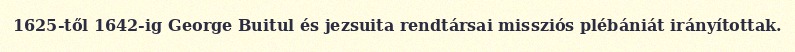
1625-től 1642-ig George Buitul és jezsuita rendtársai missziós plébániát irányítottak.